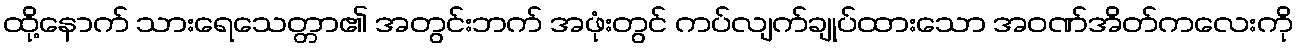
ထို့နောက် သားရေသေတ္တာ၏ အတွင်းဘက် အဖုံးတွင် ကပ်လျက်ချုပ်ထားသော အဝဏ်အိတ်ကလေးကို